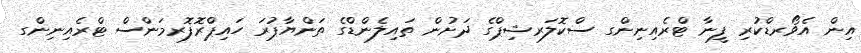
އިން އެވޯރޑްކުރި ފީނާ ޓްރެއިނިންގ ސްކޮލަރޝިޕްގެ ދަށުން ތައިލެންޑްގެ ތަންޔާޕުރަ ހައިޕްރޮފޮރމަންސް ޓްރެއިނިންގ